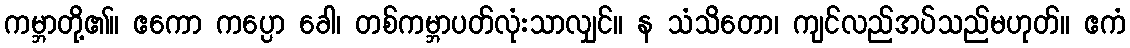
ကမ္ဘာတို့၏။ ဧကော ကပ္ပော ခေါ၊ တစ်ကမ္ဘာပတ်လုံးသာလျှင်။ န သံသိတော၊ ကျင်လည်အပ်သည်မဟုတ်။ ဧကံ